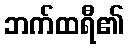
ဘက်ထရီ၏